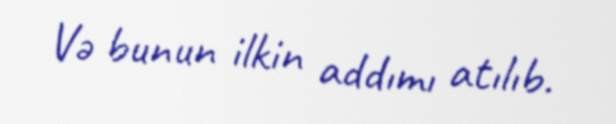
Və bunun ilkin addımı atılıb.